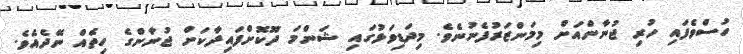
ހުސްވެފައި ހުރި ޖުނާންއަށް މިމަންޒަރުފެނުނެވެ. މިދަޑިވަޅުގައި ޝަންމަ ދޫކޮށްފައިދާކަށް ޖުނާންގެ ހިތެއް ނޭދެއެވެ.